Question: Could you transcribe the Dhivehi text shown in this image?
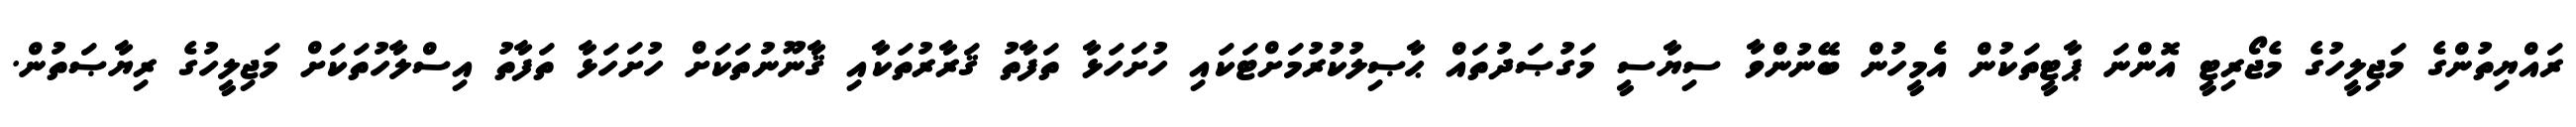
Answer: ރައްޔިތުންގެ މަޖިލީހުގެ މެޖޯރިޓީ އޮންނަ ޕާޓީތަކުން އެމީހުން ބޭނުންވާ ސިޔާސީ މަގުޞަދުތައް ޙާޞިލުކުރުމަށްޓަކައި ހުށަހަޅާ ތަފާތު ޤަރާރުތަކާއި ޤާނޫނުތަކަށް ހުށަހަޅާ ތަފާތު އިސްލާހުތަކަށް މަޖިލީހުގެ ރިޔާޞަތުން.